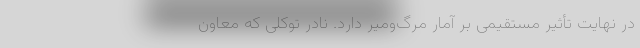
در نهایت تأثیر مستقیمی بر آمار مرگ‌ومیر دارد. نادر توکلی که معاون